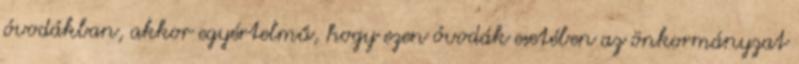
óvodákban, akkor egyértelmű, hogy ezen óvodák esetében az önkormányzat